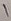
Text: 1